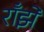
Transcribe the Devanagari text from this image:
राँझे